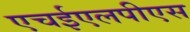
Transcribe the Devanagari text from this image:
एचईएलपीएस